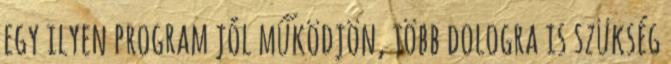
egy ilyen program jól működjön, több dologra is szükség